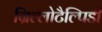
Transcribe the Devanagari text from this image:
ग्रिल्लोटैल्पिडी